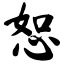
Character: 恕